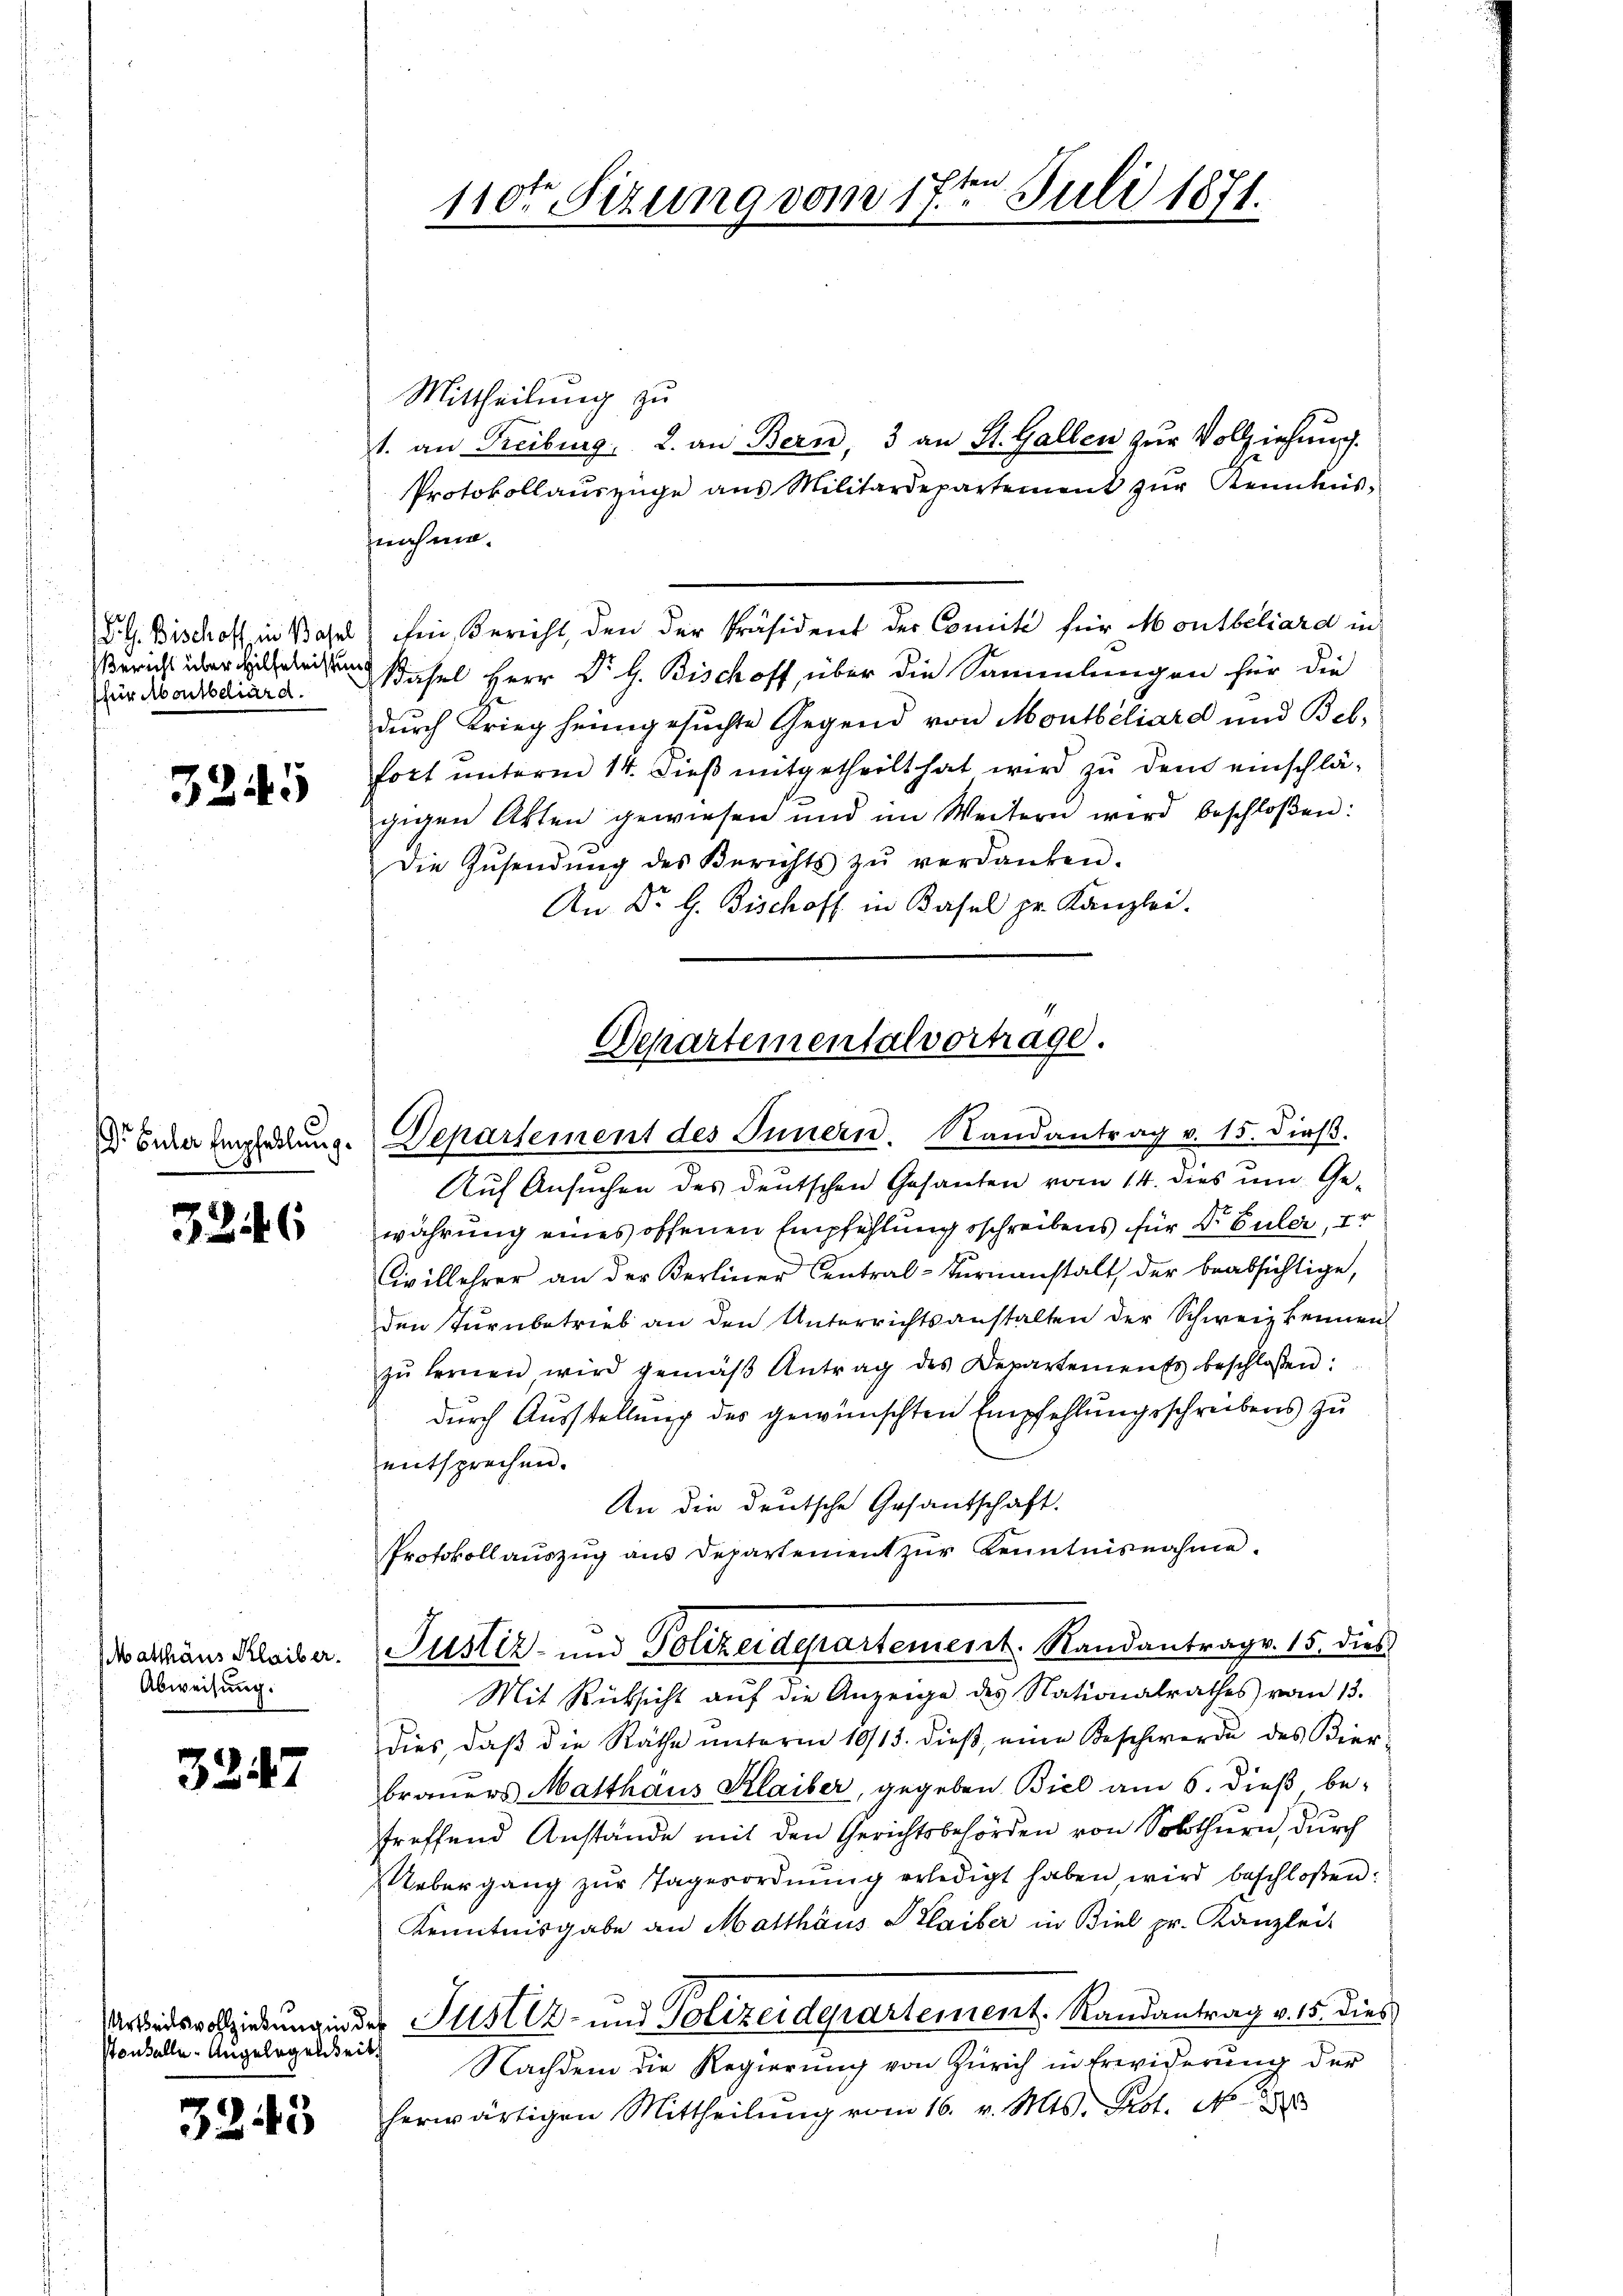
Bericht über Hilfeleistung
für Abontblliard.

3245

Dr. Güter Eintheilung.
.

326

Matthäus Klaiber.
Abweisung.

3247

Ptonkelle Angelegenheit

3245

Mittheilung zu
1. an Freiburg, 2. an Bern, 3 an St. Gallen zur Vollziehung.
Protokollauszüge aus Militärdepartement zŭr Kenntnis-
nahme.
L.G. Bischoff in Basel) den Bericht, den der Präsident der Comité für Montbeliard in
Basel Herr Dr. G. Bischoff, über die Sammlungen für die
durch Krieg heimgesuchte Gegend von Montbéliard und Beb-
fort unterm 14. dieß mitgetheilt hat wird zu dem einschlägigen Akten gewiesen und im Weitern wird beschloßen:
Die Zŭsendŭng des Berichts zŭ verdanken.
An Dr G. Bischoff in Basel pr. Kanzlei.

110ten Sizung vom 17ten Juli 1871.

Departementalvortrage.
Departement des Innern. Nandantrag v. 15. dieβ.

Auf Ansuchen des deutschen Gesanten vom 14. dies und Gewährung eines offenen Empfehlungsschreibens für Dr. Guler, er
Civillehrer an der Berliner Central-Turnanstalt, der beabsichtige,
den Turnbetrieb an den Unterrichtsanstalten der Schweiz kennen
zŭ fernen wird gemäβ Antrag des Departements beschloßen:
durch Ausstellung des gewünschten Empfehlungsschreibens zu
entsprechen.
An die deutsche Gesandschaft.
Protokoll auszug aus Departement zŭr Kenntnisnahme.
Mit Rücksicht auf die Anzeige des Nationalrathes vom 13.
dies, daβ die Räthe ŭnterm 10/13. dieβ eine Beschwerde des Kier-
brauers Matthaus Klaiber, gegeben Biel am 6. dieß, be-
treffend Anstände mit den Gerichtsbehörden von Solothurn, durch
Uebergang zŭr Tagesordnŭng erledigt haben, wird beschloßen:
Kenntnisgabe an Matthäus Plaiber in Biel pr. Kanzlei-
Arbeitsvollziehung in der Justiz- und Polizeiderartement. Randantrag v. 15. dies
Nachdem die Regierung von Zürich in Erwiderung der
herwärtigen Mittheilŭng vom 16. v. Mts. Prot. N. 28

Justiz- und Polizeidepartement. Randantrag. 15. dies